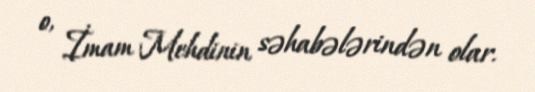
o, İmam Mehdinin səhabələrindən olar.